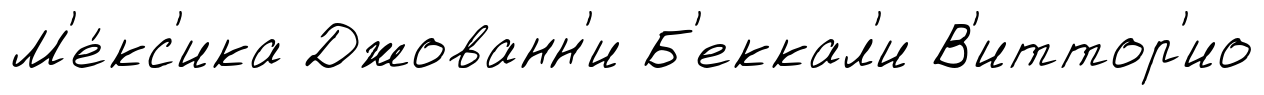
М'е́кс'ика Джованн'и Б'еккал'и В'иттор'ио